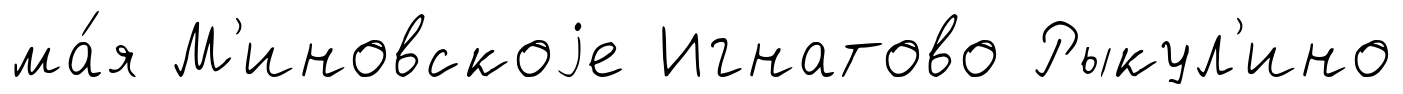
ма́я М'иновскоjе Игнатово Рыкул'ино